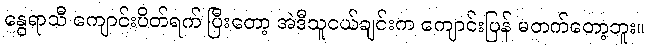
နွေရာသီ ကျောင်းပိတ်ရက် ပြီးတော့ အဲဒီသူငယ်ချင်းက ကျောင်းပြန် မတက်တော့ဘူး။